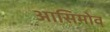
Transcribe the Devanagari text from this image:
आसिमोव